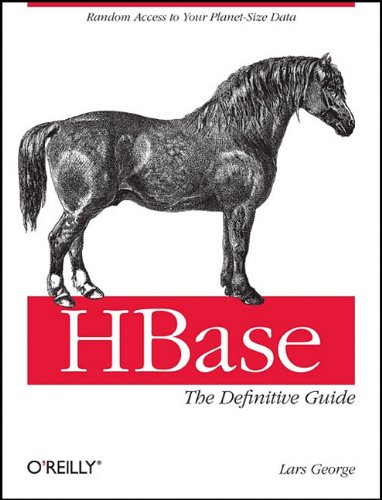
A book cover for HBase: The Definitive Guide; Lars George; Computers & Technology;